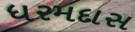
ધરમદાસ